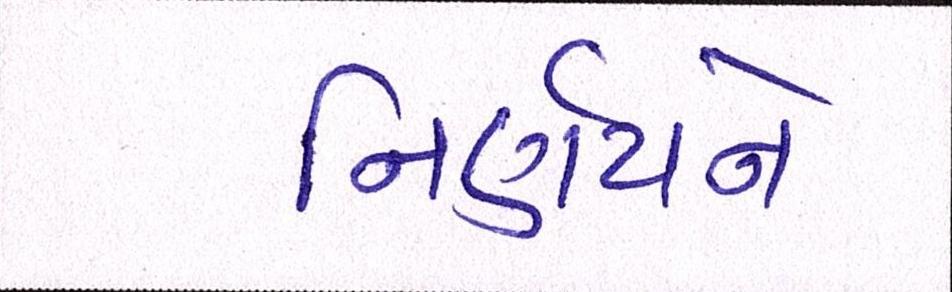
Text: નિર્ણયને